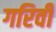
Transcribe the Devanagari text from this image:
गरिवी